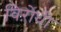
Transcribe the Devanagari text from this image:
विऱोधी